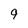
Character: 9